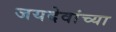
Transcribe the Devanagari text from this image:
जयदेवांच्या